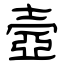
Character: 壼